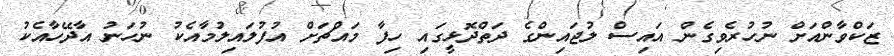
ޒަކްވާންއަށް ނުހުރެވިގެން އައިސް ލުޖައިންގެ ދަތްދޮޅީގައި ހިފާ މައްޗަށް އުފުލައިލުމާއެކު ނުހަނު އާދޭހާއެކު